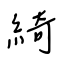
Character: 綺